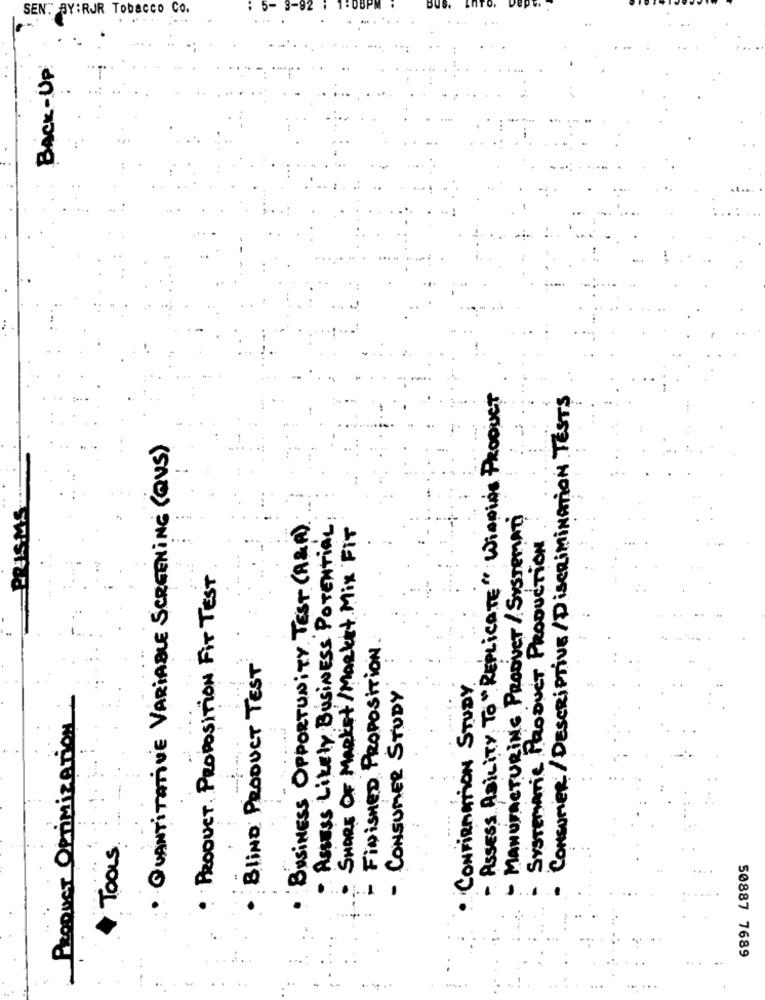
SENT BY:RJR Tobacco Co.
BACK-UP
- ASSESS ABILITY TO "REPLICATE" Winning PRODUCT
CONSUMER/ DESCRIPTIVE/ DISCRIMINATION TESTS
· QUANTITATIVE VARIABLE SCREENING (@VS)
BUSINESS OPPORTUNITY TEST (A&A)
- MANUFACTURING PRODUCT /SYSTEMATI
ASSESS Likely BUSINESS POTENTIAL
SHORE OF MARKET /Market Mix FIT
SYSTEMATIC PRODUCT PRODUCTION
. PRODUCT. PROPOSITION FIT TEST
- FINISHED PROPOSITION.
BLIND PRODUCT TEST
CONSUMER STUDY
CONFIRMATION STUDY
PRODUCT OPTIMIZATION
TOOLS
..
50887 7689
..... .